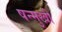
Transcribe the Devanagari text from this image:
षन्मुखी